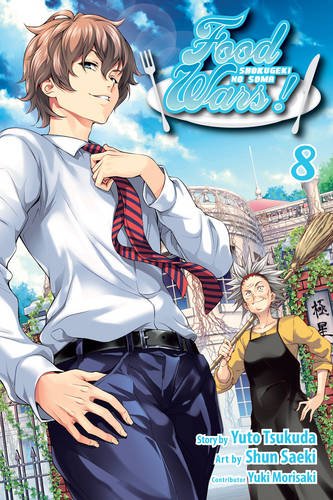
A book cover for Food Wars!, Vol. 8; Yuto Tsukudo; Comics & Graphic Novels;